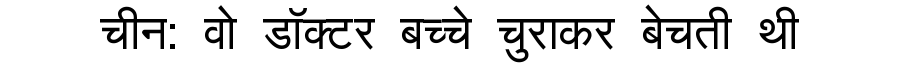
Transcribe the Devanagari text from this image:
चीन: वो डॉक्टर बच्चे चुराकर बेचती थी